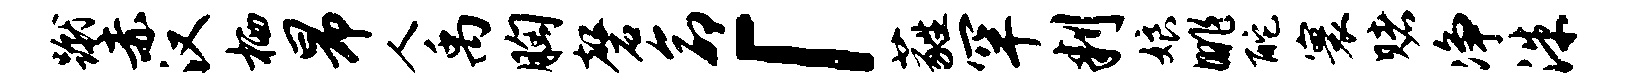
蹴赤汉栖昂人禹胸磬命「蕤罕判娘眺酡寰赌净洙